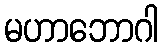
မဟာဘောဂါ